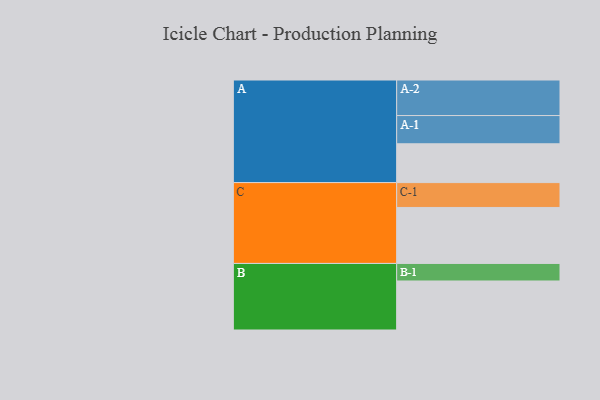
{"axis": {"x": "Segment", "y": "Value"}, "legend": ["", "A", "B", "C"], "data": [{"x": "A", "y": 323, "type": ""}, {"x": "B", "y": 408, "type": ""}, {"x": "C", "y": 466, "type": ""}, {"x": "A-1", "y": 235, "type": "A"}, {"x": "A-2", "y": 296, "type": "A"}, {"x": "B-1", "y": 146, "type": "B"}, {"x": "C-1", "y": 207, "type": "C"}]}